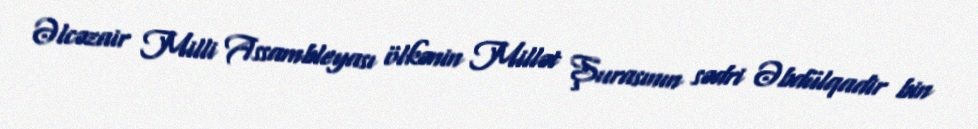
Əlcəzair Milli Assambleyası ölkənin Millət Şurasının sədri Əbdülqadir bin